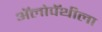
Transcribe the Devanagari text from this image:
अॅलोपॅथीला